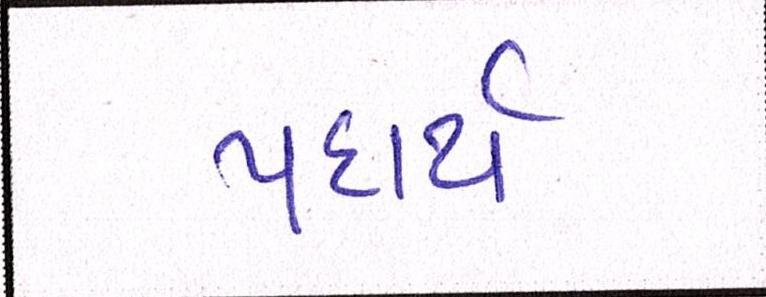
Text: પદાર્થ